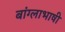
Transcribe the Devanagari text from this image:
बांग्‍लाभाषी